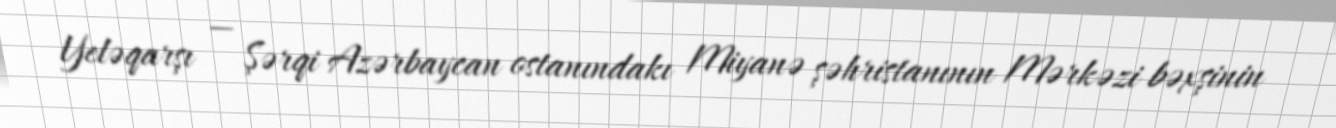
Yeləqarşı — Şərqi Azərbaycan ostanındakı Miyanə şəhristanının Mərkəzi bəxşinin